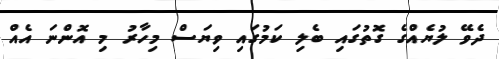
ދެވޭ ލުޔެއްގެ ގޮތުގައި ބެލި ކަމުގައި ވިޔަސް މިހާރު މި އޮންނަ އެއް